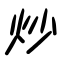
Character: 炒